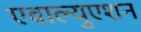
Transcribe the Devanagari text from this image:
एवाल्युएशन